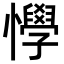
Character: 𢤾